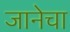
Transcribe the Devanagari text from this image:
जानेचा